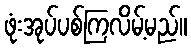
ဖုံးအုပ်ပစ်ကြလိမ့်မည်။